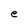
Character: e